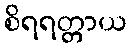
စိရရတ္တာယ